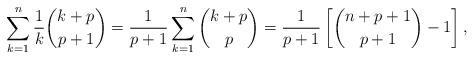
LaTeX: \begin{align*}\sum_{k=1}^{n}\frac{1}{k}\binom{k+p}{p+1} = \frac{1}{p+1} \sum_{k=1}^{n} \binom{k+p}{p}= \frac{1}{p+1} \left[ \binom{n+p+1}{p+1} - 1 \right],\end{align*}